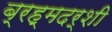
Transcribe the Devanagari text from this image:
ब्रह्मदर्शी